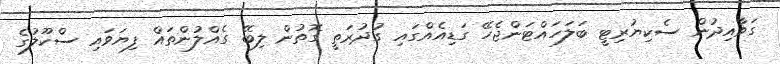
ގަވާއިދުން ސެކިޔުރިޓީ ބަލަހައްޓަންޖެހޭ ގަޑިއެއްގައި ގުދުރަތީ ގޮތުން ލިބޭ ގެއްލުންތައް ފިޔަވައި ސްކޫލުގެ